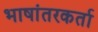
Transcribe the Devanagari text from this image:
भाषांतरकर्ता